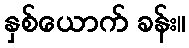
နှစ်ယောက် ခန်း။